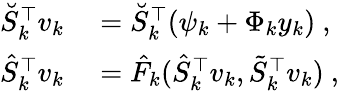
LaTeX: \begin{array}{rl}{\breve{S}_{k}^{\top}v_{k}}&{{}=\breve{S}_{k}^{\top}(\psi_{k}+\Phi_{k}y_{k})\mathrm{~,~}}\\ {\hat{S}_{k}^{\top}v_{k}}&{{}=\hat{F}_{k}(\hat{S}_{k}^{\top}v_{k},\tilde{S}_{k}^{\top}v_{k})\mathrm{~,~}}\end{array}